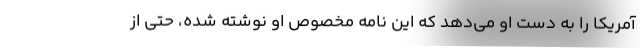
آمریکا را به دست او می‌دهد که این نامه مخصوص او نوشته شده، حتی از